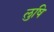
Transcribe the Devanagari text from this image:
लुषि